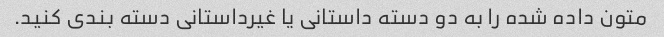
متون داده شده را به دو دسته داستانی یا غیرداستانی دسته بندی کنید.